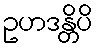
ဥဟဒန္တိပိ